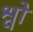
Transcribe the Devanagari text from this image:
श्वो